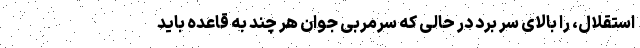
استقلال، را بالای سر برد در حالی که سرمربی جوان هر چند به قاعده باید